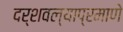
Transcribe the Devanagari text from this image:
दर्शवल्याप्रमाणे